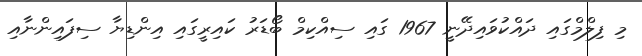
މި ފިލްމްގައި ދައްކުވައިދޭނީ 1967 ގައި ސިއްކިމް ބޯޑަރު ކައިރީގައި އިންޑިޔާ ސިފައިންނާއި